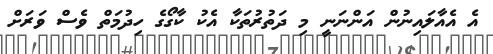
އެ އެއާލައިނުން އަންނަނީ މި ދަތުރުތަކާ އެކު ކާގޯގެ ހިދުމަތް ވެސް ވަރަށް